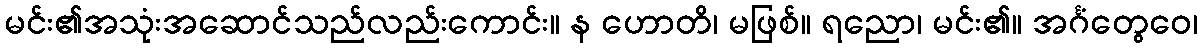
မင်း၏အသုံးအဆောင်သည်လည်းကောင်း။ န ဟောတိ၊ မဖြစ်။ ရညော၊ မင်း၏။ အင်္ဂံတွေဝေ၊